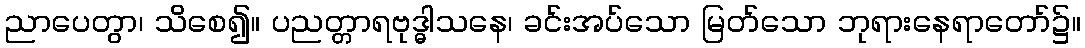
ညာပေတွာ၊ သိစေ၍။ ပညတ္တာရဗုဒ္ဓါသနေ၊ ခင်းအပ်သော မြတ်သော ဘုရားနေရာတော်၌။